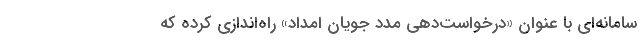
سامانه‌ای با عنوان «درخواست‌دهی مدد جویان امداد» راه‌اندازی کرده که